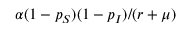
\alpha ( 1 - p _ { S } ) ( 1 - p _ { I } ) / ( r + \mu )